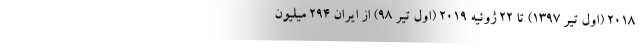
2018 (اول تیر 1397) تا 22 ژوئیه 2019 (اول تیر 98) از ایران 294 میلیون